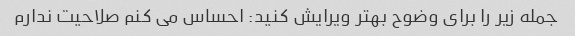
جمله زیر را برای وضوح بهتر ویرایش کنید: احساس می کنم صلاحیت ندارم